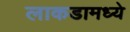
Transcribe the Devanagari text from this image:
लाकडामध्ये